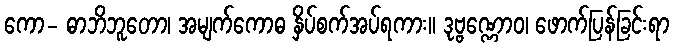
ကော- ဓာဘိဘူတော၊ အမျက်ကောဓ နှိပ်စက်အပ်ရကား။ ဒုဗ္ဗဏ္ဏောဝ၊ ဖောက်ပြန်ခြင်းရာ